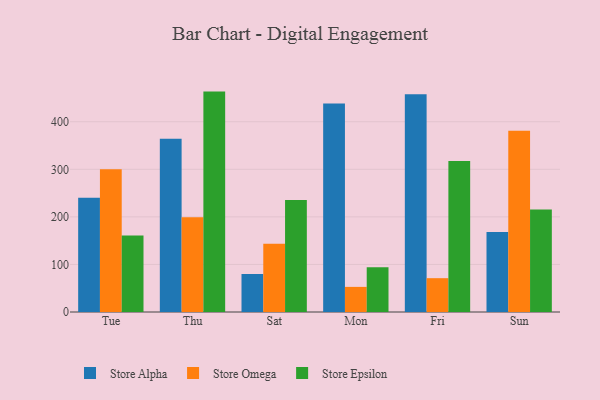
{"axis": {"x": "Day", "y": "Conversion Rate (%)"}, "legend": ["Store Alpha", "Store Epsilon", "Store Omega"], "data": [{"x": "Tue", "y": 240.3, "type": "Store Alpha"}, {"x": "Tue", "y": 300.4, "type": "Store Omega"}, {"x": "Tue", "y": 160.6, "type": "Store Epsilon"}, {"x": "Thu", "y": 364.4, "type": "Store Alpha"}, {"x": "Thu", "y": 199.0, "type": "Store Omega"}, {"x": "Thu", "y": 463.4, "type": "Store Epsilon"}, {"x": "Sat", "y": 79.9, "type": "Store Alpha"}, {"x": "Sat", "y": 143.7, "type": "Store Omega"}, {"x": "Sat", "y": 235.4, "type": "Store Epsilon"}, {"x": "Mon", "y": 438.6, "type": "Store Alpha"}, {"x": "Mon", "y": 52.8, "type": "Store Omega"}, {"x": "Mon", "y": 94.2, "type": "Store Epsilon"}, {"x": "Fri", "y": 457.7, "type": "Store Alpha"}, {"x": "Fri", "y": 71.1, "type": "Store Omega"}, {"x": "Fri", "y": 317.7, "type": "Store Epsilon"}, {"x": "Sun", "y": 168.3, "type": "Store Alpha"}, {"x": "Sun", "y": 380.9, "type": "Store Omega"}, {"x": "Sun", "y": 215.3, "type": "Store Epsilon"}]}